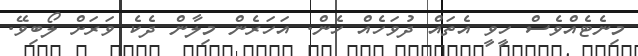
މިނެޓެއްވެސް ހީވީ އެތައް ދުވަހެއް ހެން. އަހަރެން މިލާން ދެކެ ވަރަށް ލޯބިވޭ.